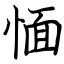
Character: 愐